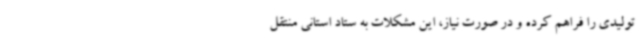
تولیدی را فراهم کرده و در صورت نیاز، این مشکلات به ستاد استانی منتقل